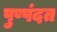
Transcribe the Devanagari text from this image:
पुष्पंदत